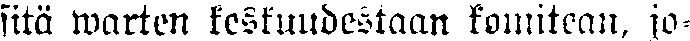
sitä warten keskuudestaan komitean, jo-